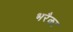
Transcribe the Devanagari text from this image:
भरैका